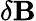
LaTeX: \delta\mathbf{B}